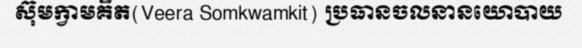
ស៊ុមក្វាមគីត(Veera Somkwamkit) ប្រធានចលនានយោបាយ